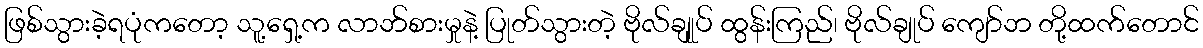
ဖြစ်သွားခဲ့ရပုံကတော့ သူ့ရှေ့က လာဘ်စားမှုနဲ့ ပြုတ်သွားတဲ့ ဗိုလ်ချုုပ် ထွန်းကြည်၊ ဗိုလ်ချုပ် ကျော်ဘ တို့ထက်တောင်